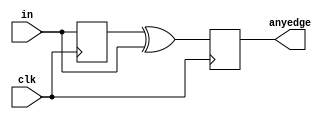
module top_module (
    input clk,
    input [7:0] in,
    output [7:0] anyedge
);
 wire [7:0] q;
    always@(posedge clk)
        begin 
        q<=in;
    	anyedge<=q^in;
    	end
endmodule